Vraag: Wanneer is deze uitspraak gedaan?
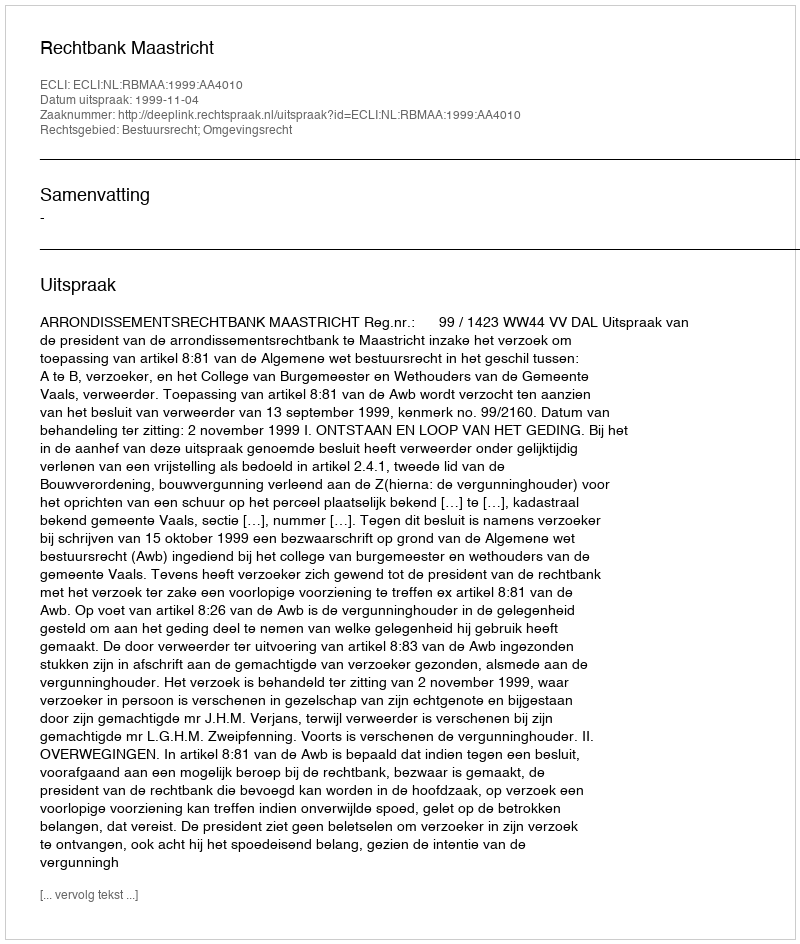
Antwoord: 1999-11-04